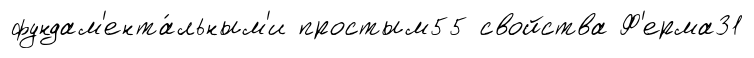
фундам'ента́льным'и простым55 свойства Ф'ерма31